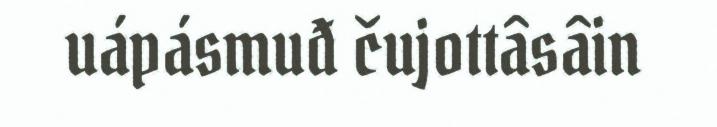
uápásmuđ čujottâsâin